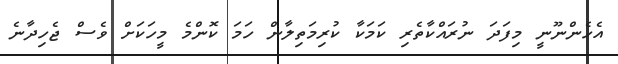
އެހެންނޫނީ މިފަދަ ނުރައްކާތެރި ކަމަކާ ކުރިމަތިލާން ހަމަ ކޮންމެ މީހަކަށް ވެސް ޖެހިދާނެ